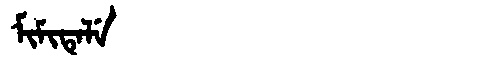
Manchu: ᠮᡳᠮᡳᡨᡝᠯᡝ
Romanization: MIMITELE